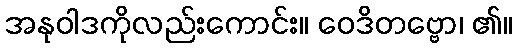
အနုဝါဒကိုလည်းကောင်း။ ဝေဒိတဗ္ဗော၊ ၏။